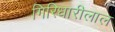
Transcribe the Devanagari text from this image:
गिरिधारीलाल